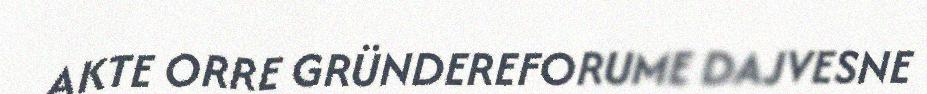
AKTE ORRE GRÜNDEREFORUME DAJVESNE